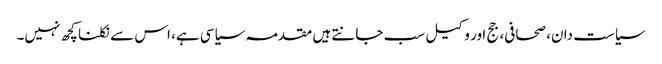
سیاست دان، صحافی، جج اور وکیل سب جانتے ہیں مقدمہ سیاسی ہے، اس سے نکلنا کچھ نہیں۔